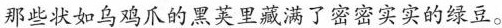
那些状如乌鸡爪的黑荚里藏满了密密实实的绿豆。